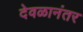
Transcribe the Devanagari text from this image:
देवळानंतर